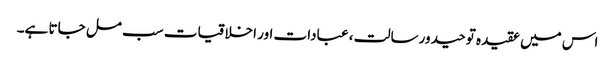
اس میں عقیدہ توحید ورسالت ، عبادات اور اخلاقیات سب مل جاتا ہے۔